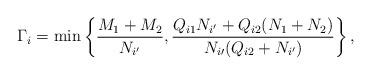
LaTeX: \begin{align*} \Gamma_i = \min\left\{ \frac{M_1+M_2}{N_{i^\prime}}, \frac{Q_{i1}N_{i^\prime}+Q_{i2}(N_1+N_2)}{N_{i\prime}(Q_{i2}+N_{i^\prime})}\right\}, \end{align*}